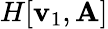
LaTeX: H[\mathbf{v}_{1},\mathbf{{A}}]